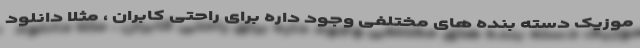
موزیک دسته بنده های مختلفی وجود داره برای راحتی کابران ، مثلا دانلود